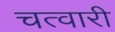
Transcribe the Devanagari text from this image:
चत्वारी